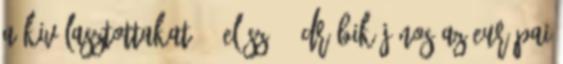
A KIVÁLASZTOTTAKAT? - ELŐSZÓ - DRÁBIK JÁNOS AZ EURÓPAI